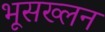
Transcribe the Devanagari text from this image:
भूसख्लन